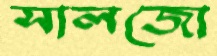
সালজো